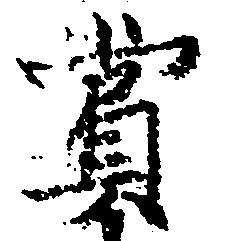
賞